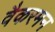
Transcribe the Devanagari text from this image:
वैकरमन